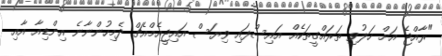
"ރާއްޖެ އަށް ހަލުވި ތަރައްގީތަކެއް އައިސްފައި ވިޔަސް އައިޖީއެމްއެޗް ދެމިހުންނާނެ އިންޑިއާ އާއި